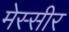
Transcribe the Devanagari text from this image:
मेस्सीर